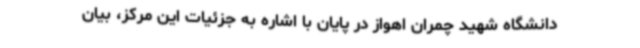
دانشگاه شهید چمران اهواز در پایان با اشاره به جزئیات این مرکز، بیان